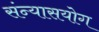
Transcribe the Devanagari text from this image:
संन्यासयोग